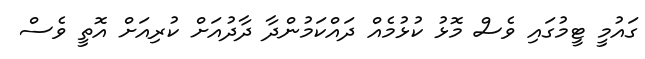
ގައުމީ ޓީމުގައި ވެސް މޮޅު ކުޅުމެއް ދައްކަމުންދާ ދާދުއަށް ކުރިއަށް އޮތީ ވެސް